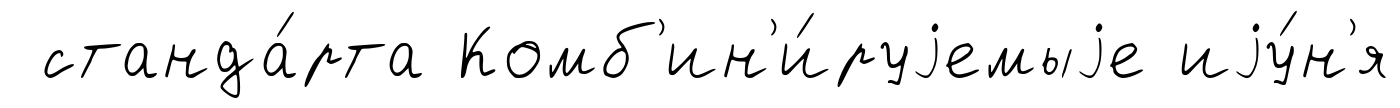
станда́рта Комб'ин'и́руjемыjе иjу́н'я